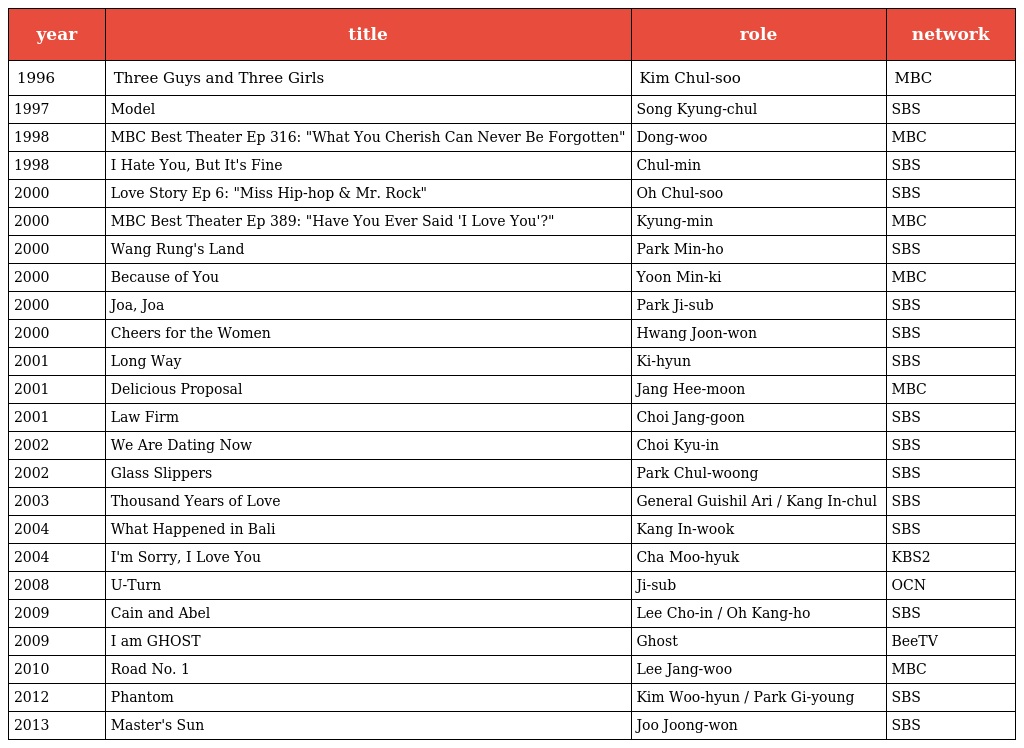
| year | title | role | network |
 | --- | --- | --- | --- |
 | 1996 | Three Guys and Three Girls | Kim Chul-soo | MBC |
 | 1997 | Model | Song Kyung-chul | SBS |
 | 1998 | MBC Best Theater Ep 316: "What You Cherish Can Never Be Forgotten" | Dong-woo | MBC |
 | 1998 | I Hate You, But It's Fine | Chul-min | SBS |
 | 2000 | Love Story Ep 6: "Miss Hip-hop & Mr. Rock" | Oh Chul-soo | SBS |
 | 2000 | MBC Best Theater Ep 389: "Have You Ever Said 'I Love You'?" | Kyung-min | MBC |
 | 2000 | Wang Rung's Land | Park Min-ho | SBS |
 | 2000 | Because of You | Yoon Min-ki | MBC |
 | 2000 | Joa, Joa | Park Ji-sub | SBS |
 | 2000 | Cheers for the Women | Hwang Joon-won | SBS |
 | 2001 | Long Way | Ki-hyun | SBS |
 | 2001 | Delicious Proposal | Jang Hee-moon | MBC |
 | 2001 | Law Firm | Choi Jang-goon | SBS |
 | 2002 | We Are Dating Now | Choi Kyu-in | SBS |
 | 2002 | Glass Slippers | Park Chul-woong | SBS |
 | 2003 | Thousand Years of Love | General Guishil Ari / Kang In-chul | SBS |
 | 2004 | What Happened in Bali | Kang In-wook | SBS |
 | 2004 | I'm Sorry, I Love You | Cha Moo-hyuk | KBS2 |
 | 2008 | U-Turn | Ji-sub | OCN |
 | 2009 | Cain and Abel | Lee Cho-in / Oh Kang-ho | SBS |
 | 2009 | I am GHOST | Ghost | BeeTV |
 | 2010 | Road No. 1 | Lee Jang-woo | MBC |
 | 2012 | Phantom | Kim Woo-hyun / Park Gi-young | SBS |
 | 2013 | Master's Sun | Joo Joong-won | SBS |